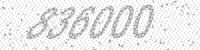
Solution: 836000